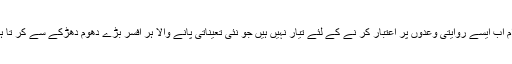
عوام اب ایسے روایتی وعدوں پر اعتبار کر نے کے لئے تیار نہیں ہیں جو نئی تعیناتی پانے والا ہر افسر بڑے دھوم دھڑکے سے کر تا ہے۔